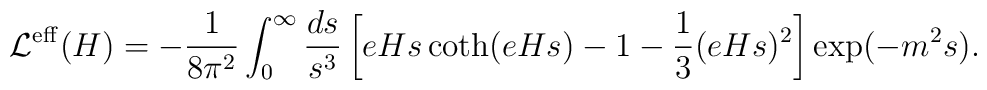
{\cal L}^{{\rm eff}} (H)=-\frac{1}{8\pi^2} \int_0^\infty \frac{ds}{s^3}        \left[eHs \coth(eHs)-1-\frac13 (eHs)^2\right]        \exp(-m^2s).